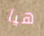
هيا